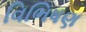
વિભિષણ